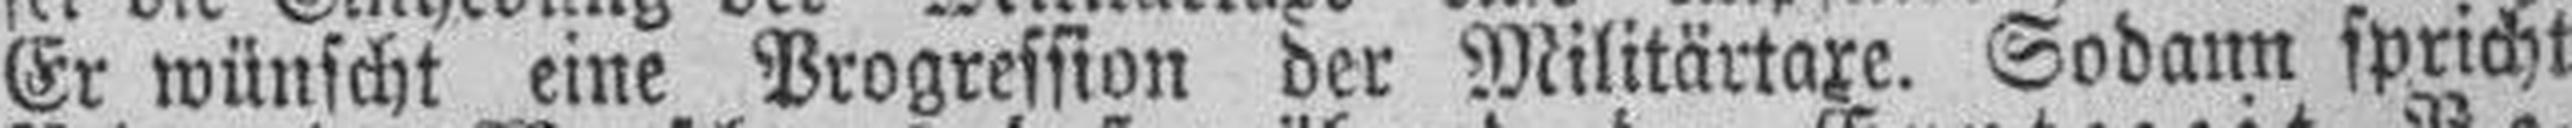
Er wünscht eine Progression der Militärtaxe. Sodann spricht